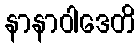
နာနာဝါဒေတိ